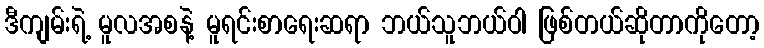
ဒီကျမ်းရဲ့ မူလအစနဲ့ မူရင်းစာရေးဆရာ ဘယ်သူဘယ်ဝါ ဖြစ်တယ်ဆိုတာကိုတော့